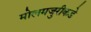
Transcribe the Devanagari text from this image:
मोलमजुरीकडे